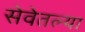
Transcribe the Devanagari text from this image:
सेवेतल्या